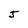
Character: J